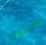
الصراصير